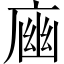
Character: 𢉾